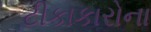
ટીકાકારોના